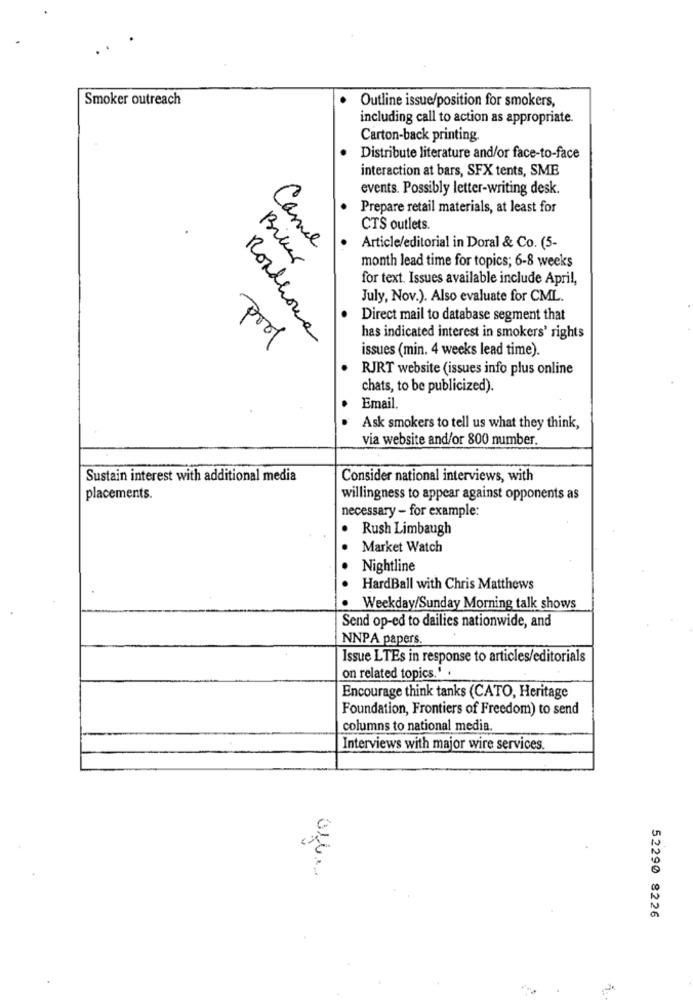
Smoker outreach
Outline issue/position for smokers,
including call to action as appropriate.
Carton-back printing
Distribute literature and/or face-to-face
interaction at bars, SFX tents, SME
events. Possibly letter-writing desk.
Prepare retail materials, at least for
CTS outlets.
Came
Article/editorial in Doral & Co. (5-
Biller
month lead time for topics; 6-8 weeks
for text. Issues available include April,
July, Nov.). Also evaluate for CML.
Direct mail to database segment that
Roadhouse
has indicated interest in smokers' rights
prof
issues (min. 4 weeks lead time).
RJRT website (issues info plus online
chats, to be publicized).
Email.
Ask smokers to tell us what they think,
via website and/or 800 number.
Sustain interest with additional media
Consider national interviews, with
placements.
willingness to appear against opponents as
necessary - for example:
· Rush Limbaugh
Market Watch
...
Nightline
HardBall with Chris Matthews
Weekday/Sunday Morning talk shows
Send op-ed to dailies nationwide, and
NNPA papers.
Issue LTEs in response to articles/editorials
on related topics.'
Encourage think tanks (CATO, Heritage
Foundation, Frontiers of Freedom) to send
columns to national media.
Interviews with major wire services.
52290 8226